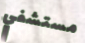
مستشفي